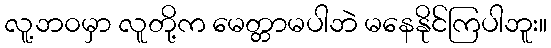
လူ့ဘ၀မှာ လူတို့က မေတ္တာမပါဘဲ မနေနိုင်ကြပါဘူး။